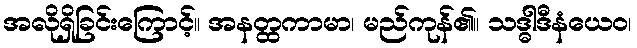
အလိုရှိခြင်းကြောင့်။ အနတ္ထကာမာ၊ မည်ကုန်၏။ သဒ္ဓါဒီနံယေဝ၊